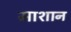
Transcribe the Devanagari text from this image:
माशान